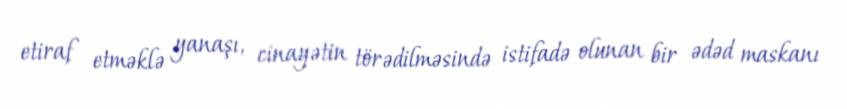
etiraf etməklə yanaşı, cinayətin törədilməsində istifadə olunan bir ədəd maskanı